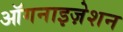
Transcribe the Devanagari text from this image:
ऑगनाइज़ेशन